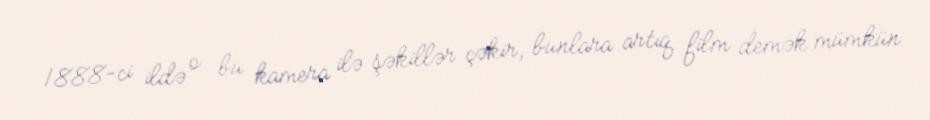
1888-ci ildə o bu kamera ilə şəkillər çəkir, bunlara artıq film demək mümkün